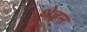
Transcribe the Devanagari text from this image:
थेइन